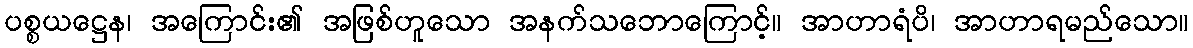
ပစ္စယဋ္ဌေန၊ အကြောင်း၏ အဖြစ်ဟူသော အနက်သဘောကြောင့်။ အာဟာရံပိ၊ အာဟာရမည်သော။